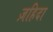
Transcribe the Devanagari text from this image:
ज़हिदा